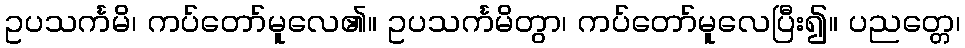
ဥပသင်္ကမိ၊ ကပ်တော်မူလေ၏။ ဥပသင်္ကမိတွာ၊ ကပ်တော်မူလေပြီး၍။ ပညတ္တေ၊